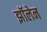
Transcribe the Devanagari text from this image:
झॉलेन